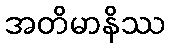
အတိမာနိဿ